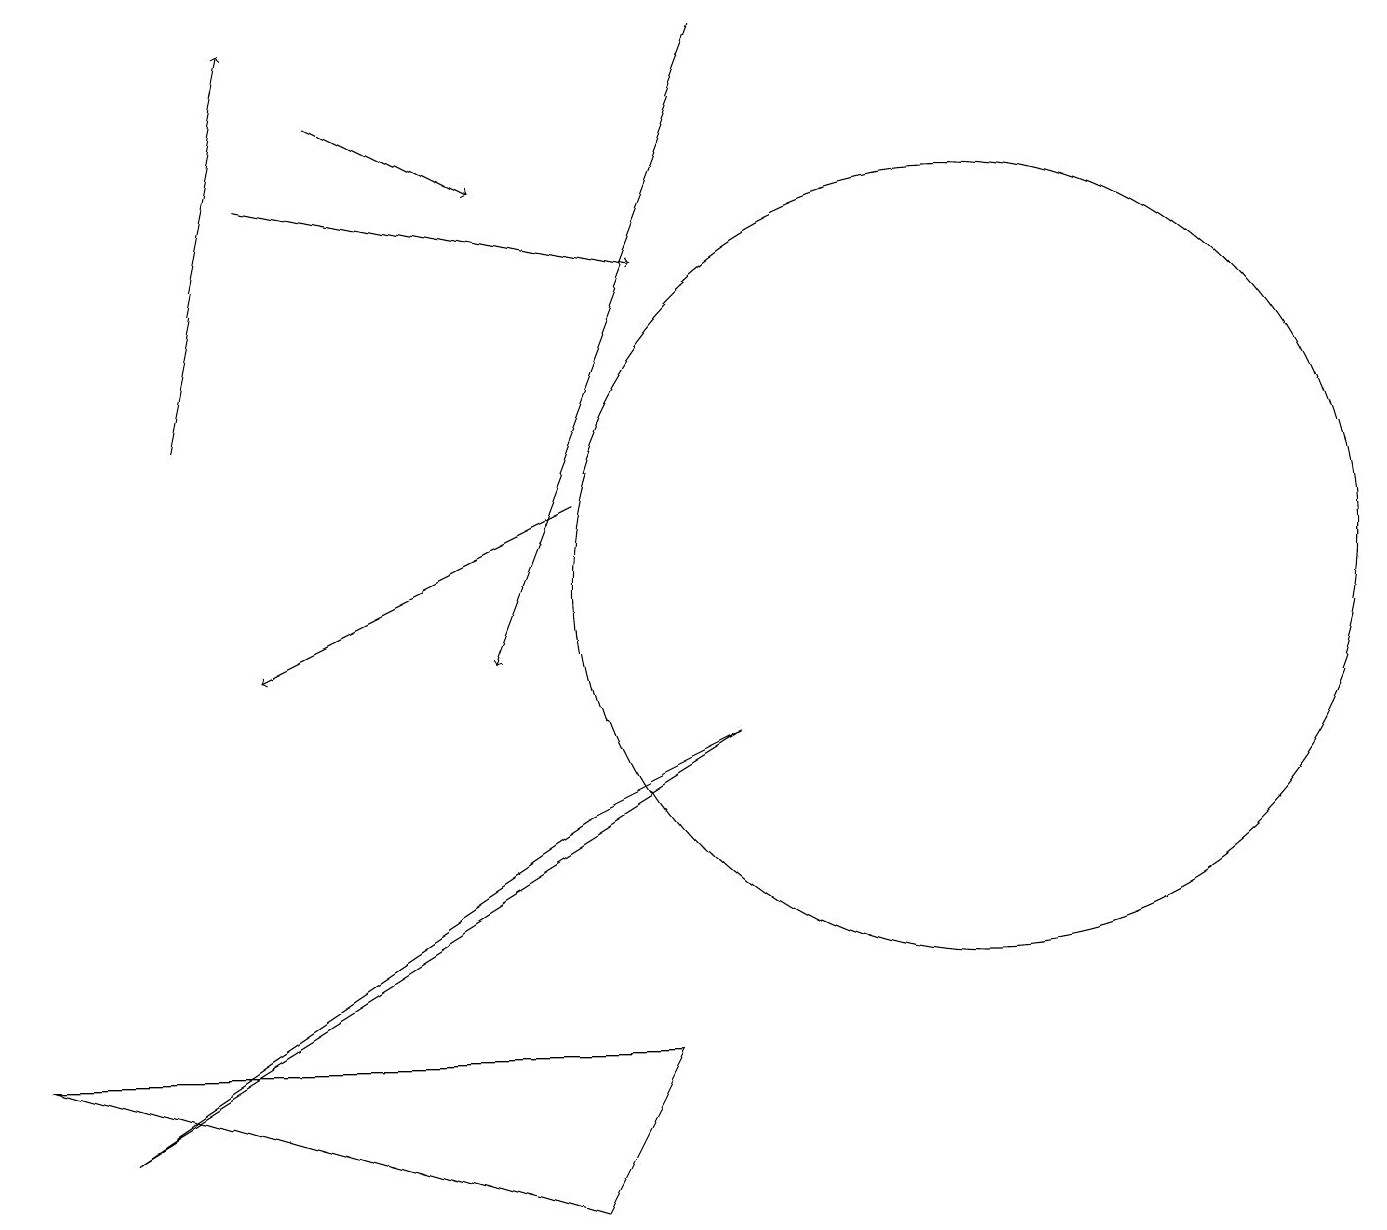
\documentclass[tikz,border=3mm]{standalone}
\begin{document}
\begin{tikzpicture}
\draw (9,9) -- (7,8) -- (1,4) -- cycle;
\draw[->] (7,12) -- (3,10);
\draw (7,3) -- (8,5) -- (0,5) -- cycle;
\draw[->] (2,13) -- (3,18);
\draw[->] (9,18) -- (6,10);
\draw[->] (3,16) -- (8,15);
\draw[->] (4,17) -- (6,16);
\draw (12,11) circle (5);
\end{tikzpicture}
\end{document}